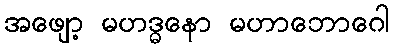
အဖျော့ မဟဒ္ဓနော မဟာဘောဂေါ